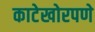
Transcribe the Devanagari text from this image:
काटेखोरपणे